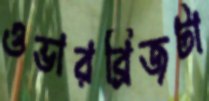
ওভারব্রিজটা